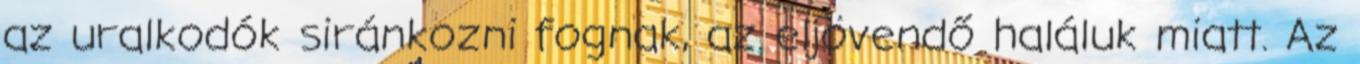
az uralkodók siránkozni fognak, az eljövendő haláluk miatt. Az